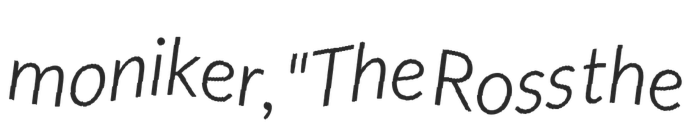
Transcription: moniker, "The Ross the